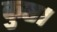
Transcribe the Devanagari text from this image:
कुष्ठ।